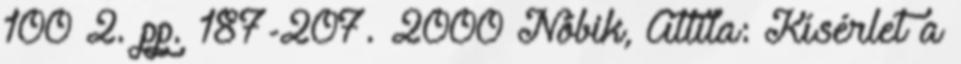
100 2. pp. 187-207. 2000 Nóbik, Attila: Kísérlet a